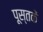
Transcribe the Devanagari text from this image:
पूस्‍तकें